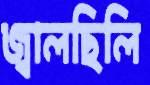
জ্বালছিলি